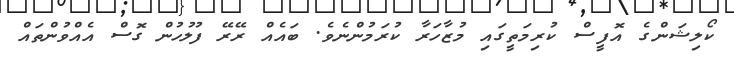
ކޯލިޝަންގެ އޮފީސް ކުރިމަތީގައި މުޒާހަރާ ކުރަމުންނެވެ. ބައެއް ރޭރޭ ފުލުހުން ގޮސް އެއްވުންތައް